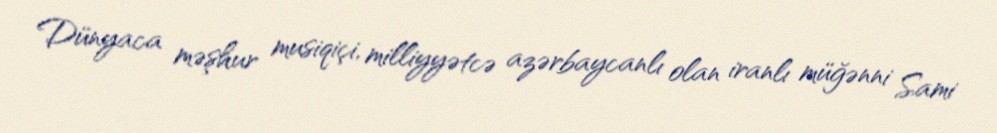
Dünyaca məşhur musiqiçi, milliyyətcə azərbaycanlı olan iranlı müğənni Sami